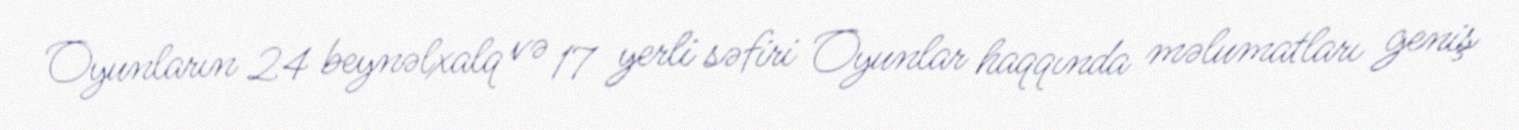
Oyunların 24 beynəlxalq və 17 yerli səfiri Oyunlar haqqında məlumatları geniş